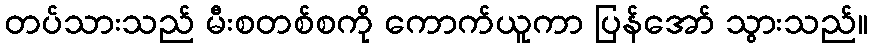
တပ်သားသည် မီးစတစ်စကို ကောက်ယူကာ ပြန်အော် သွားသည်။